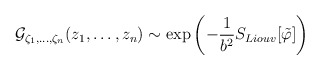
\begin{align*}{\cal G}_{\zeta_1,\ldots,\zeta_n}(z_1,\ldots,z_n) \sim\exp{\left( -{1\over b^2} S_{Liouv}[\tilde{\varphi}]\right)}\end{align*}